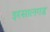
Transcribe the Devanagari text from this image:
इरसालगड